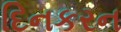
દિનકરન